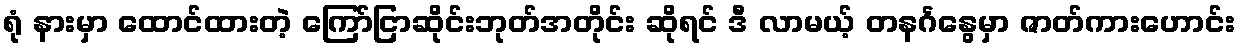
ရုံ နားမှာ ထောင်ထားတဲ့ ကြော်ငြာဆိုင်းဘုတ်အတိုင်း ဆိုရင် ဒီ လာမယ့် တနင်္ဂနွေမှာ ဇာတ်ကားဟောင်း